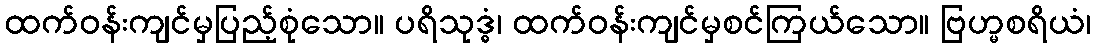
ထက်ဝန်းကျင်မှပြည့်စုံသော။ ပရိသုဒ္ဓံ၊ ထက်ဝန်းကျင်မှစင်ကြယ်သော။ ဗြဟ္မစရိယံ၊